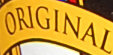
ORIGINAL